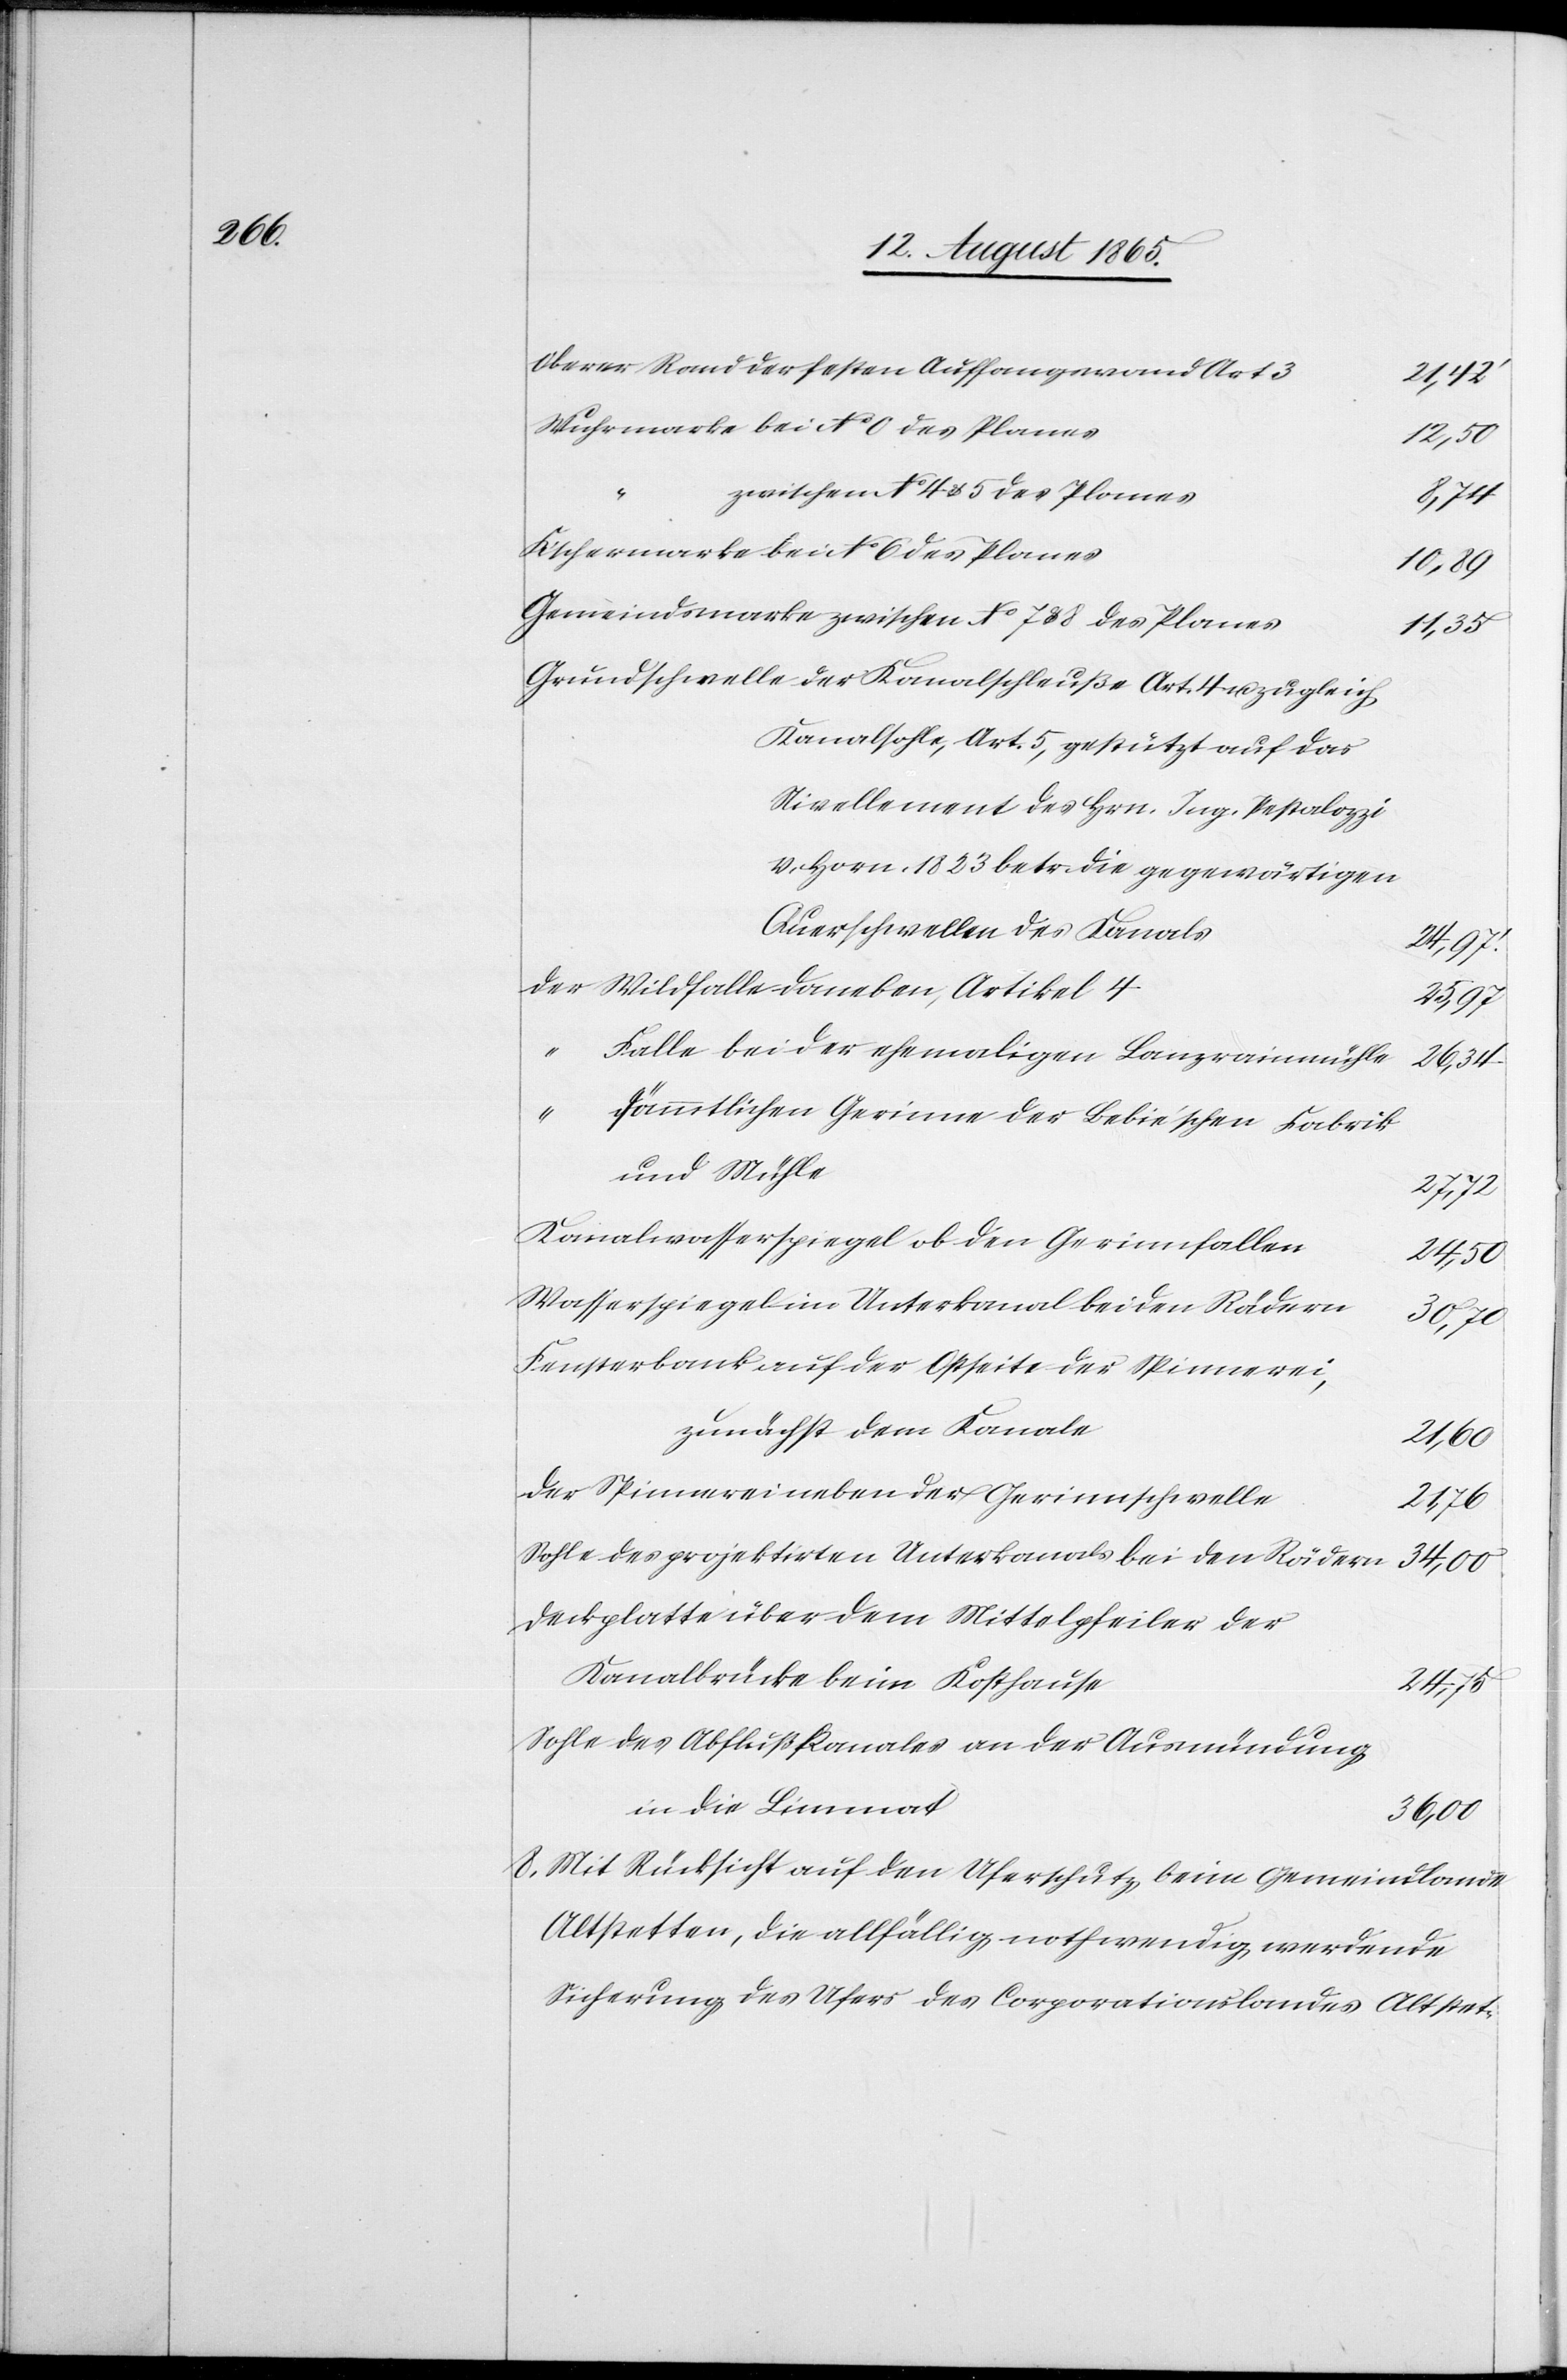
Oberer Rand der festen Auffangswand Art 3
21,42’
Wuhrmarke bei No 0 des Planes
12,50
“
zwischen No 4 & 5 des Planes
8,74
Fischermarke bei No 6 des Planes
Gemeindsmarke zwischen No 7 & 8 des Planes
11,35
Grundschwelle der Kanalschleuße Art. 4 u. zugleich
Kanalsohle, Art. 5, gestützt auf das
Nivellement des Hrn. Ing. Pestalozzi
v. Horn. 1823 betr. die gegenwärtigen
Querschwellen des Kanals
24,97’
Der Wildfalle daneben, Artikel 4
25,97
“
Falle bei der ehemaligen Lanzrainmühle
26,34
sämmtlichen Gerinne der Bebie’schen Fabrik
und Mühle
27,72
Kanalwasserspiegel ob den Gerinnfallen
Wasserspiegel im Unterkanal bei den Rädern
30,70
Fensterbank auf der Ostseite der Spinnerei,
zunächst dem Kanale
21,60
Der Spinnerei neben der Gerinnschwelle
21,76
Sohle des projektirten Unterkanals bei den Rädern
24,75
Deckplatte über dem Mittelpfeiler der
Kanalbrücke beim Kosthause
Sohle des Abflußkanales an der Ausmündung
in die Limmat
36,00
8. Mit Rücksicht auf den Uferschutz beim Gemeindlande
Altstetten, die allfällig nothwendig werdende
Sicherung des Ufers des Corporationslandes Altstet-